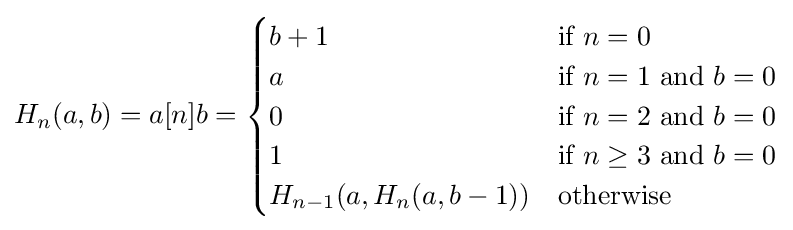
H_{n}(a,b)=a[n]b={\begin{cases}b+1&{\text{if }}n=0\\a&{\text{if }}n=1{\text{ and }}b=0\\0&{\text{if }}n=2{\text{ and }}b=0\\1&{\text{if }}n\geq 3{\text{ and }}b=0\\H_{n-1}(a,H_{n}(a,b-1))&{\text{otherwise}}\end{cases}}